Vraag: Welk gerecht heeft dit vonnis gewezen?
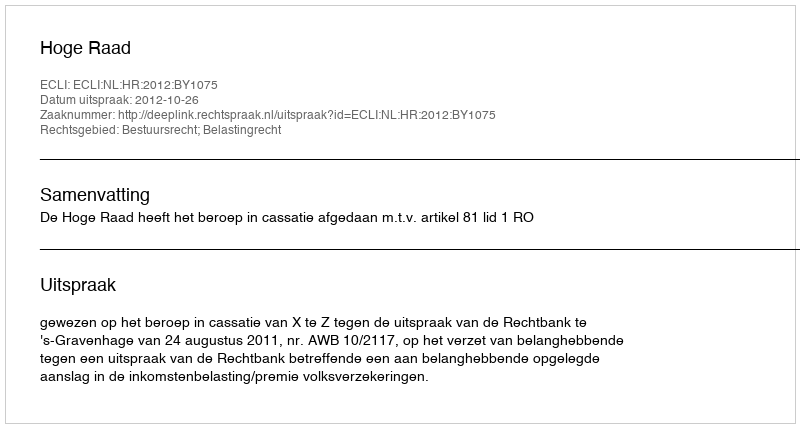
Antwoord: Hoge Raad